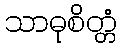
သာဓုစိတ္တံ